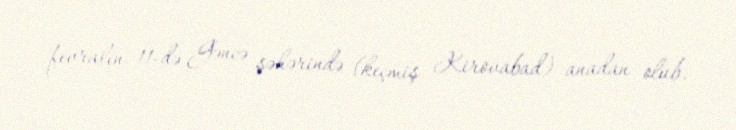
fevralın 11-də Gəncə şəhərində (keçmiş Kirovabad) anadan olub.